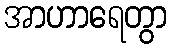
အာဟာရေတွာ